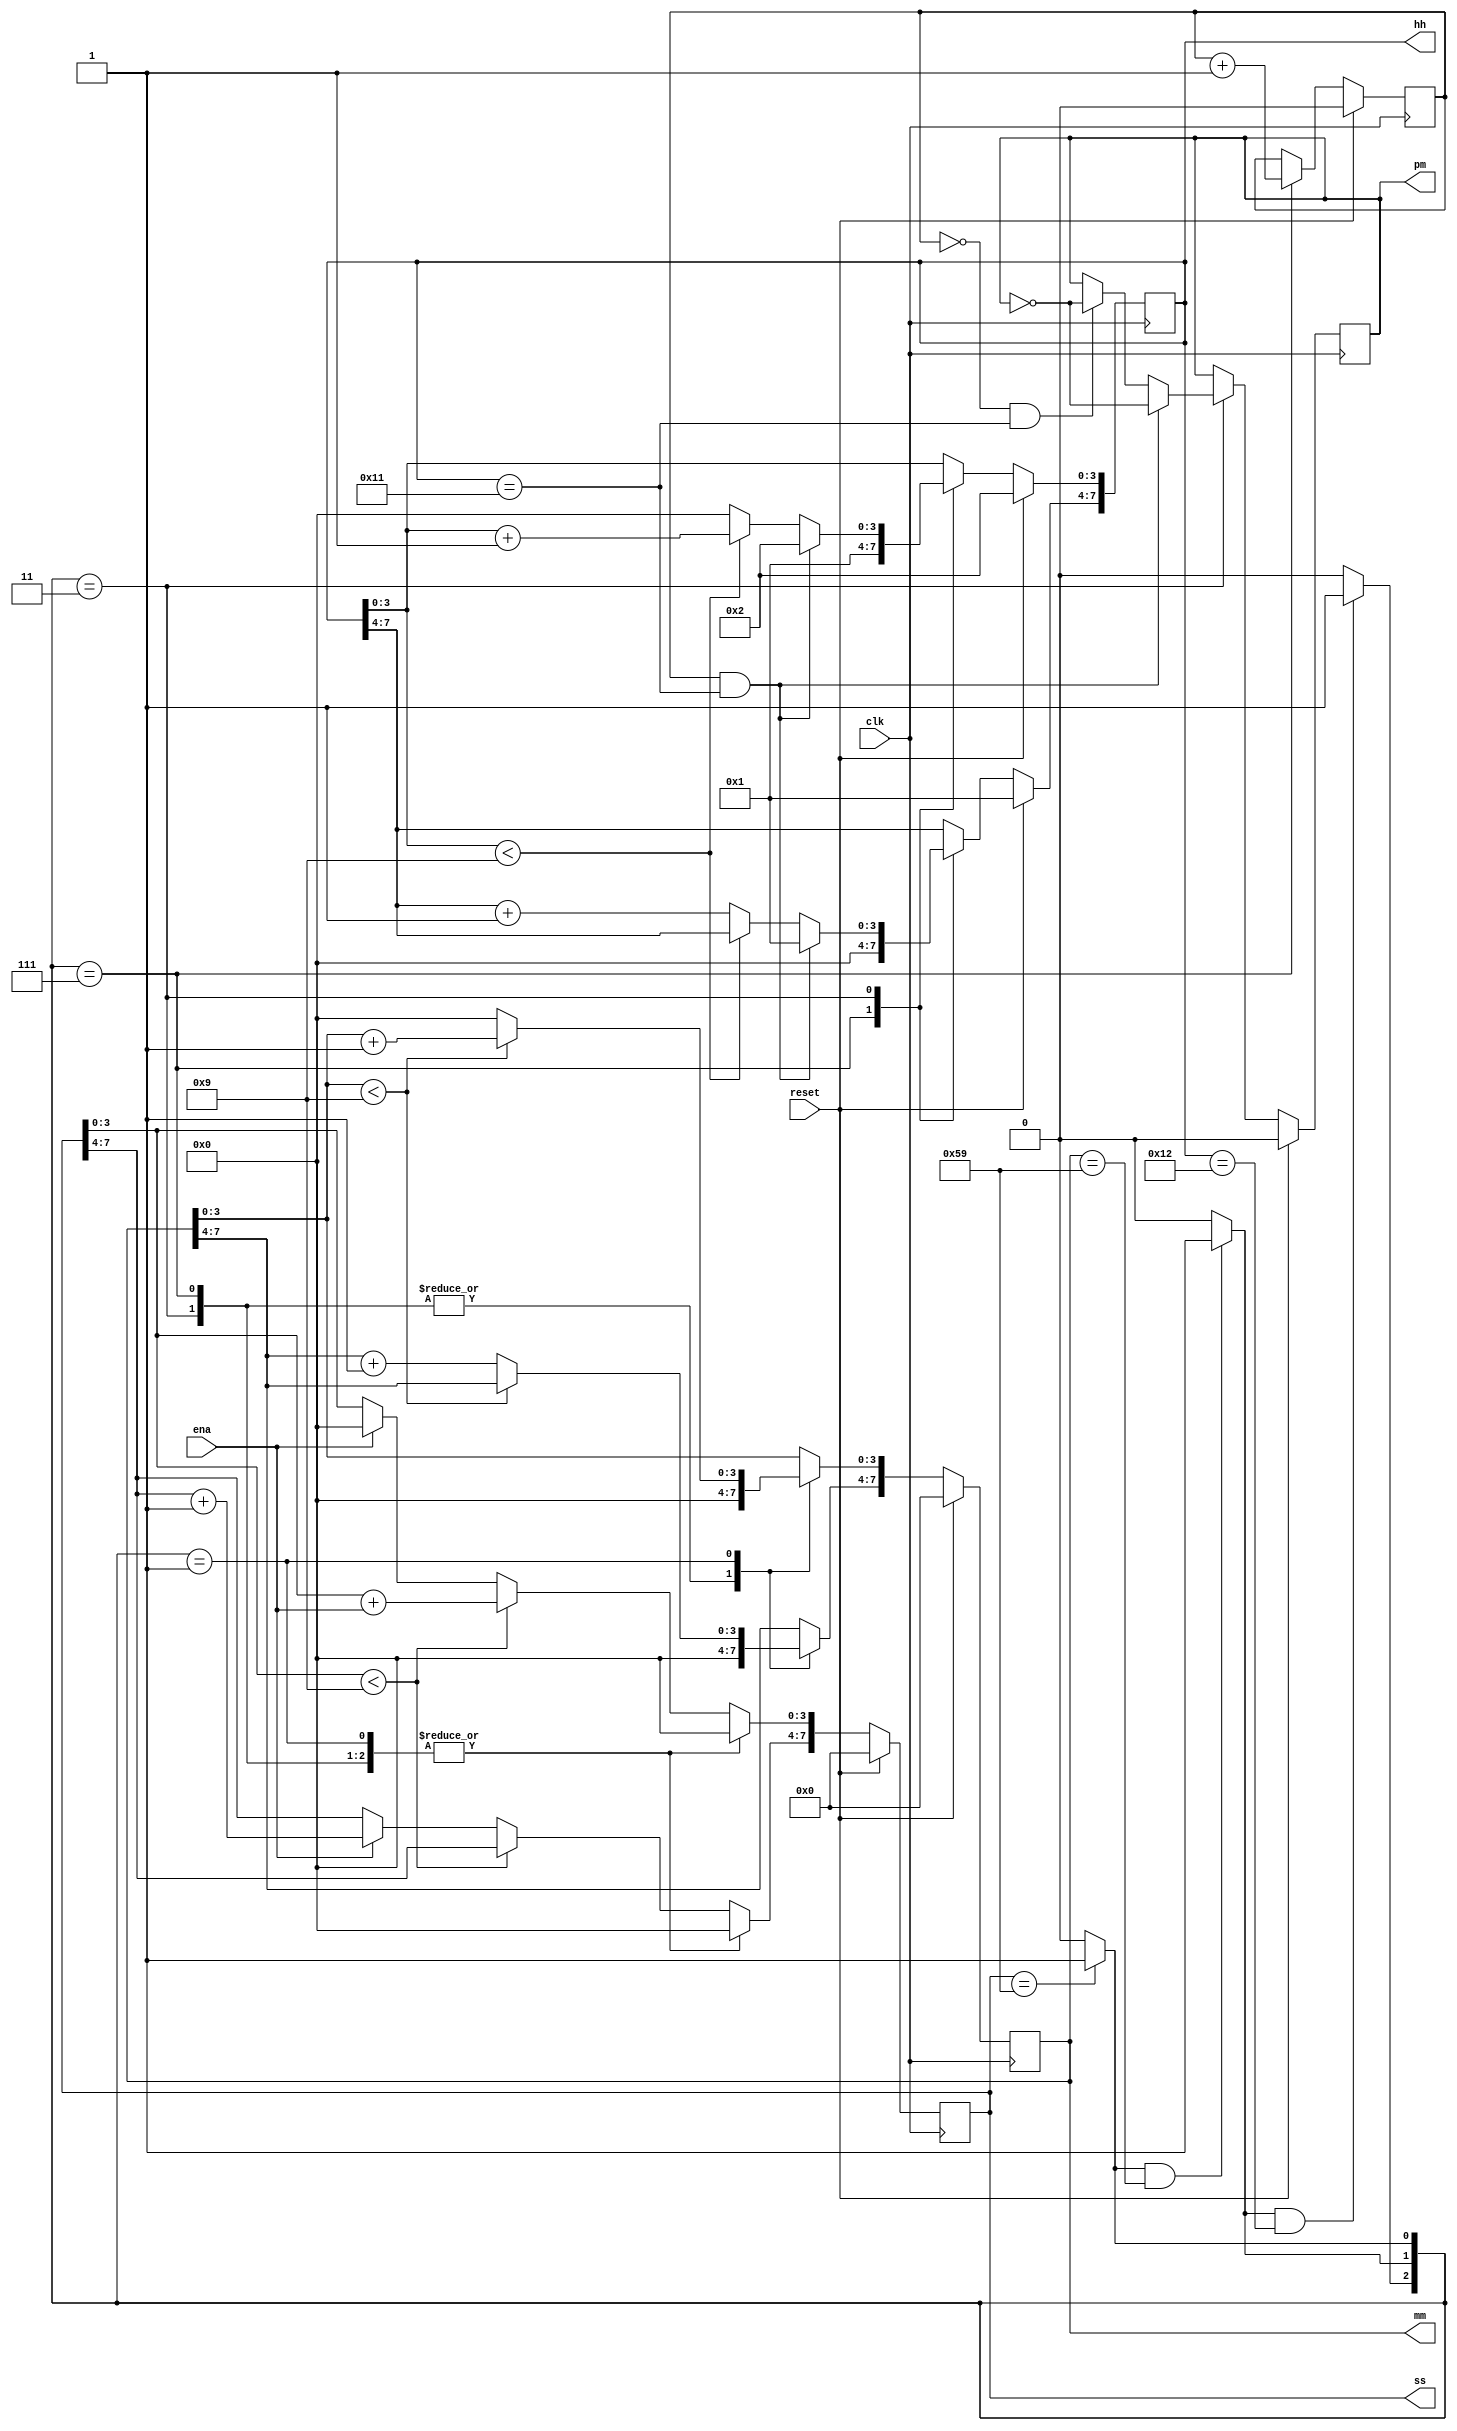
//2022_11_2 kerong
//12-hour clock
module top_module(
    input clk,
    input reset,
    input ena,
    output reg pm,
    output reg [7:0] hh,
    output reg [7:0] mm,
    output reg [7:0] ss); 

wire c_s,c_m,c_h;
wire one,two;
reg after;
//wire pm_night;
always @(posedge clk) begin
    if(reset)begin
        {hh,mm,ss} <= 24'h120000;
        pm <= 1'b0;
        after <= 1'b0;
    end
    else begin
        case({c_h,c_m,c_s})
            3'b111:begin
                {hh,mm,ss} <= 24'h010000;
                after <= after + 1'b1;
            end
            3'b011:begin
                mm = 8'h0;
                ss = 8'h0;
                if(after==1'b0 && hh==8'h11)begin
                    pm <= ~pm;
                end
                if(after==1'b1 && hh==8'h11)begin
                    {hh,mm,ss} <= 24'h120000;
                    pm <= ~pm;
                end
                else begin
                    if(hh[3:0]<9)begin
                        hh[3:0] <= hh[3:0] + 1'h1;
                    end
                    else begin
                        hh[3:0] <= 4'd0;
                        hh[7:4] <= hh[7:4] + 1'h1;
                    end 
                end
            end
            3'b001:begin
                ss = 8'h0;
                if(mm[3:0]<9)begin
                    mm[3:0] <= mm[3:0] + 1'h1;
                end
                else begin
                    mm[3:0] <= 4'd0;
                    mm[7:4] <= mm[7:4] + 1'h1;
                end
            end
            default : begin
                if(ss[3:0]<9)begin
                    ss[3:0] <= ss[3:0] + ena;
                end
                else begin
                    if(ena) begin
                        ss[3:0] <= 4'd0;
                        ss[7:4] <= ss[7:4] + 1'b1;
                    end
                    else begin
                        ss[3:0] <= ss[3:0];
                        ss[7:4] <= ss[7:4];
                    end
                end
            end
        endcase
    end
end

assign c_s = ss==8'h59 ? 1'b1 : 1'b0;
assign c_m = c_s && mm==8'h59 ? 1'b1 : 1'b0;
assign c_h = c_m && hh==8'h12 ? 1'b1 : 1'b0;
// assign one = c_m && after==0 ? 1'b1 : 1'b0;
// assign one = c_h && after==1 ? 1'b1 : 1'b0;
endmodule